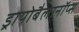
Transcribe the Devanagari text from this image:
ड्रायोबैलानॉप्स